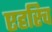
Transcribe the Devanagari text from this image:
एहरिच